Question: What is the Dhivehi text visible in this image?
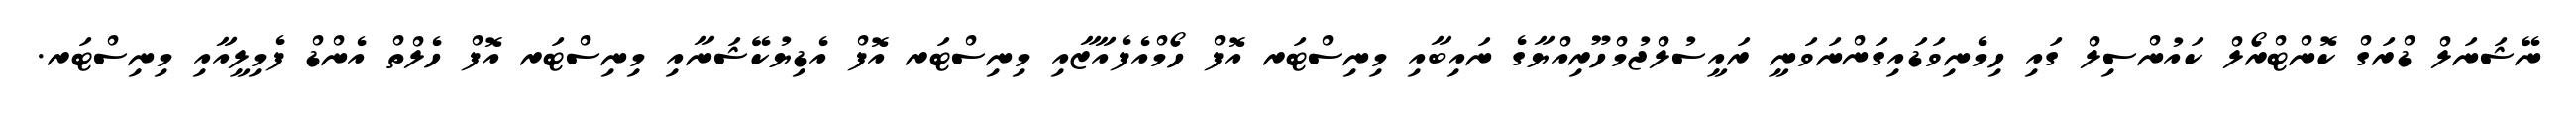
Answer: ނޭޝަނަލް ޑްރަގް ކޮންޓްރޯލް ކައުންސިލް ގައި ހިމެނިވަޑައިގަންނަވަނީ ރައީސުލްޖުމްހޫރިއްޔާގެ ނައިބާއި މިނިސްޓަރ އޮފް ހޯމްއެފެއާޒާއި މިނިސްޓަރ އޮފް އެޑިޔުކޭޝަނާއި މިނިސްޓަރ އޮފް ހެލްތް އެންޑް ފެމިލީއާއި މިނިސްޓަރ.